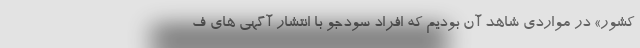
کشور» در مواردی شاهد آن بودیم که افراد سودجو با انتشار آگهی های ف